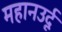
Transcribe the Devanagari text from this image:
महानउर्दू